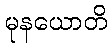
မုနယောတိ